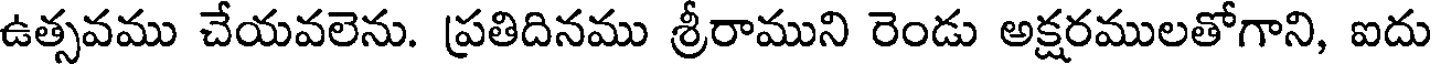
ఉత్సవము చేయవలెను. ప్రతిదినము శ్రీరాముని రెండు అక్షరములతోగాని, ఐదు